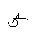
Letter: _sad